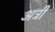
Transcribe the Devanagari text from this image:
अट्री